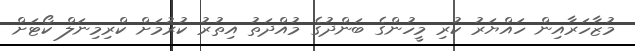
މުޒާހަރާއިން ހައްޔަރު ކުރި މީހުންގެ ބަންދުގެ މުއްދަތު އިތުރު ކުރުމަށް ކްރިމިނަލް ކޯޓަށް